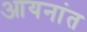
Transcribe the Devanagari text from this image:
आयनांत